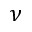
\nu